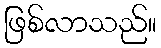
ဖြစ်လာသည်။